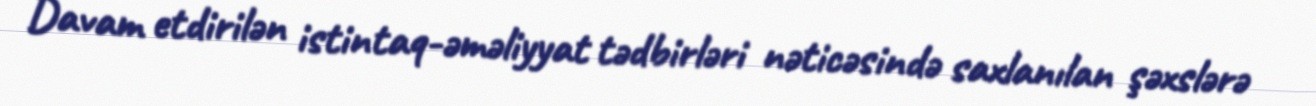
Davam etdirilən istintaq-əməliyyat tədbirləri nəticəsində saxlanılan şəxslərə